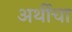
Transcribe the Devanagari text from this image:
अर्थीचा